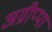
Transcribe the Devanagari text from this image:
अग्रीप्पा